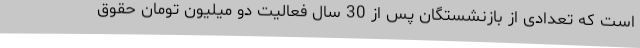
است که تعدادی از بازنشستگان پس از 30 سال فعالیت دو میلیون تومان حقوق